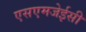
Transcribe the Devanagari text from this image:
एसएमजेईसी